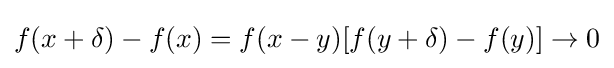
f(x+\delta )-f(x)=f(x-y)[f(y+\delta )-f(y)]\to 0